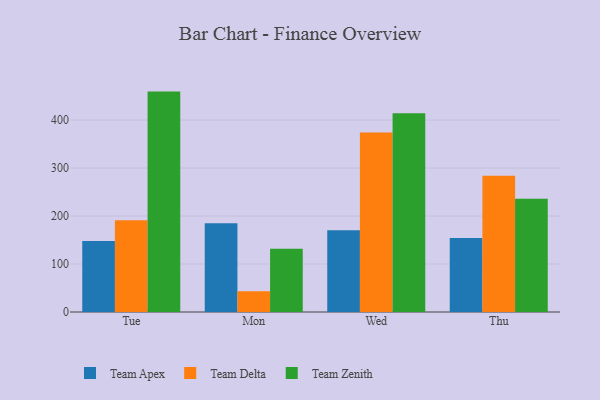
{"axis": {"x": "Day", "y": "Backlog"}, "legend": ["Team Apex", "Team Delta", "Team Zenith"], "data": [{"x": "Tue", "y": 147.9, "type": "Team Apex"}, {"x": "Tue", "y": 191.3, "type": "Team Delta"}, {"x": "Tue", "y": 459.3, "type": "Team Zenith"}, {"x": "Mon", "y": 184.8, "type": "Team Apex"}, {"x": "Mon", "y": 43.2, "type": "Team Delta"}, {"x": "Mon", "y": 131.7, "type": "Team Zenith"}, {"x": "Wed", "y": 170.5, "type": "Team Apex"}, {"x": "Wed", "y": 373.9, "type": "Team Delta"}, {"x": "Wed", "y": 414.0, "type": "Team Zenith"}, {"x": "Thu", "y": 154.4, "type": "Team Apex"}, {"x": "Thu", "y": 284.0, "type": "Team Delta"}, {"x": "Thu", "y": 235.8, "type": "Team Zenith"}]}